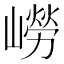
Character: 嶗